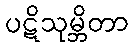
ပဋိသုမ္ဘိတာ